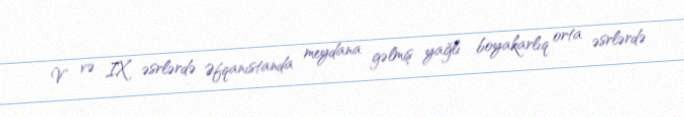
V və IX əsrlərdə Əfqanıstanda meydana gəlmiş yağlı boyakarlıq orta əsrlərdə